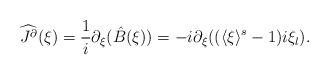
LaTeX: \begin{align*} \widehat{J^{\partial}}(\xi) = \frac 1 i \partial_{\xi} ( \hat B(\xi)) = -i \partial_{\xi} ( (\langle \xi \rangle^s -1) i \xi_l). \end{align*}